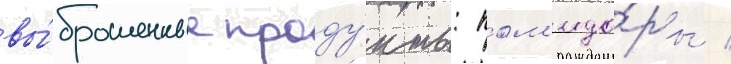
вы́брошенные проду́кты: пом'идо́ры /